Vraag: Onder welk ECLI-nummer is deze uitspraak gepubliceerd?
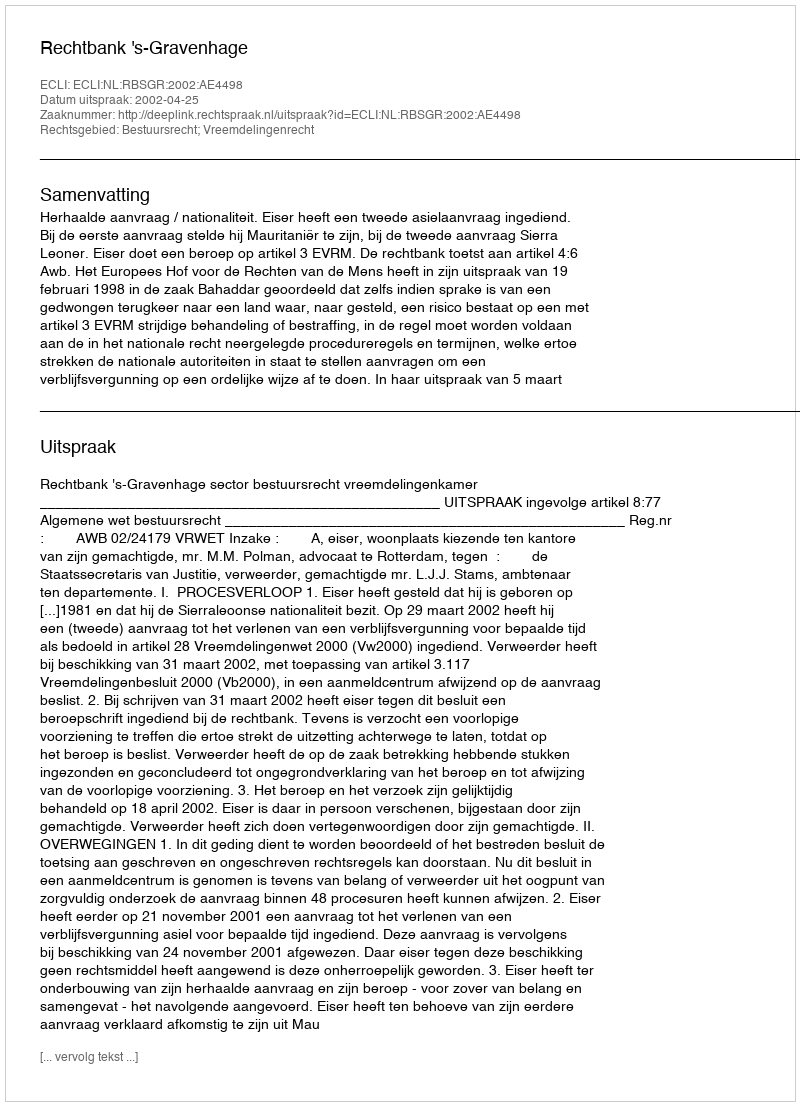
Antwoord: ECLI:NL:RBSGR:2002:AE4498